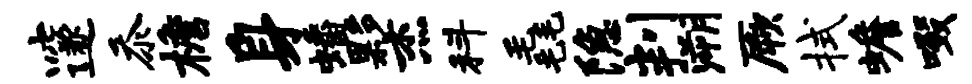
邃忝檐身蟠夥杰科毳隐判溯厥拭蟾啜